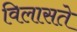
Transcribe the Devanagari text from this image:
विलासते